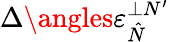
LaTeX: \Delta\angles{\varepsilon}_{\hat{N}}^{\perp N^{\prime}}